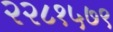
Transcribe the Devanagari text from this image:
२२८१५७९